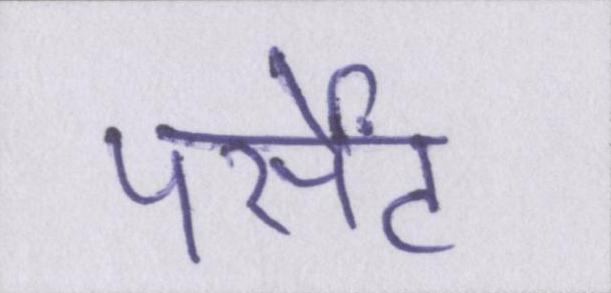
पर्सेंट